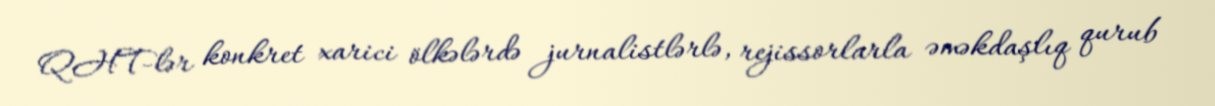
QHT-lər konkret xarici ölkələrdə jurnalistlərlə, rejissorlarla əməkdaşlıq qurub